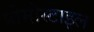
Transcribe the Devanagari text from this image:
प्रोमोस्टाइल